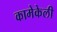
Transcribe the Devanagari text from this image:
कामेकेली